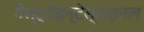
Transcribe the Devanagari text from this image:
गैस्ट्रोइन्टेस्टाइनल